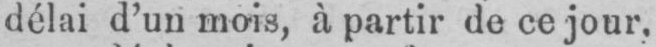
délai d’un mois, à partir de ce jour,